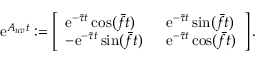
\begin{array} { r } { \mathrm { e } ^ { \boldsymbol { A } _ { u v } t } : = \left[ \begin{array} { l l } { \mathrm { e } ^ { - \bar { \tau } t } \cos ( \bar { f } t ) \; \; } & { \mathrm { e } ^ { - \bar { \tau } t } \sin ( \bar { f } t ) } \\ { - \mathrm { e } ^ { - \bar { \tau } t } \sin ( \bar { f } t ) \; \; } & { \mathrm { e } ^ { - \bar { \tau } t } \cos ( \bar { f } t ) } \end{array} \right] . } \end{array}